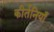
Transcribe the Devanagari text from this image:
कीर्तनियाँ